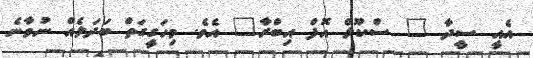
އެއީ ސީދާ " ސްކޫލް އޮފް އިބްރާ" އެވެ. މިހަގީގަތް ބަދަލެއް ނުވާނެ